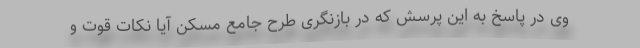
وی در پاسخ به این پرسش که در بازنگری طرح جامع مسکن آیا نکات قوت و